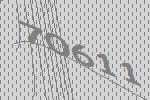
70611